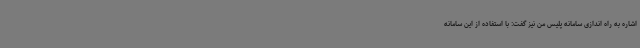
اشاره به راه اندازی سامانه پلیس من نیز گفت: با استفاده از این سامانه